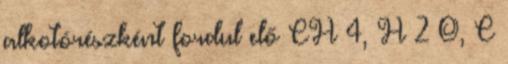
alkotórészként fordul elő CH 4, H 2 O, C